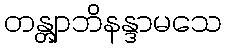
တန္တျာဘိနန္ဒာမသေ